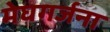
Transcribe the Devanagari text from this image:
मेघगर्जना